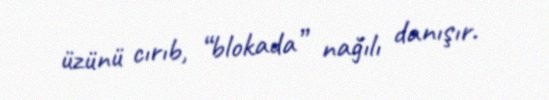
üzünü cırıb, “blokada” nağılı danışır.